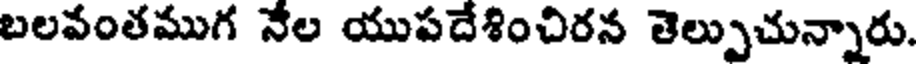
బలవంతముగ నేల యుపదేశించిరన తెల్పుచున్నారు.